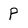
Character: P